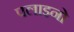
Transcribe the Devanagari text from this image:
पलाइनो